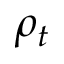
\rho _ { t }